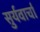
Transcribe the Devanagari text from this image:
सुर्यवार्चा